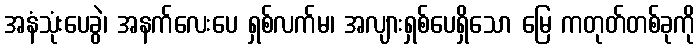
အနံသုံးပေခွဲ၊ အနက်လေးပေ ရှစ်လက်မ၊ အလျားရှစ်ပေရှိသော မြေ ကတုတ်တစ်ခုကို